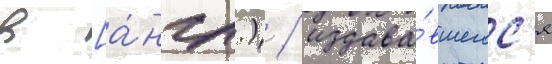
в [а́нгл.) / издава́вшегос'я